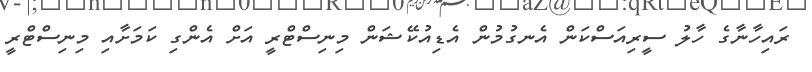
ރައިހާނާގެ ހާލު ސީރިއަސްކަން އެނގުމުން އެޑިއުކޭޝަން މިނިސްޓްރީ އަށް އެންގި ކަމަށާއި މިނިސްޓްރީ